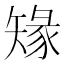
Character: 䂕